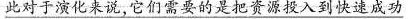
此对于演化来说，它们需要的是把资源投入到快速成功